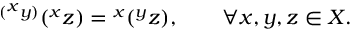
{ } ^ { ( { } ^ { \scriptstyle x } y ) } ( { } ^ { x } z ) = { } ^ { x } ( { } ^ { y } z ) , \qquad \forall x , y , z \in X .